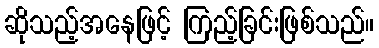
ဆိုသည့်အနေဖြင့် ကြည့်ခြင်းဖြစ်သည်။